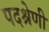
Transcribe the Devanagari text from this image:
पदश्रेणी